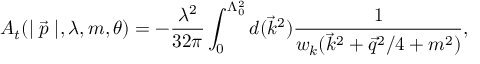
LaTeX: A _ { t } ( \mid \vec { p } \mid , \lambda , m , \theta ) = - \frac { \lambda ^ { 2 } } { 3 2 \pi } \int _ { 0 } ^ { \Lambda _ { 0 } ^ { 2 } } d ( \vec { k } ^ { 2 } ) \frac 1 { w _ { k } ( \vec { k } ^ { 2 } + \vec { q } ^ { 2 } / 4 + m ^ { 2 } ) } ,